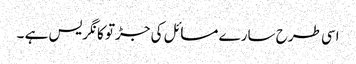
اسی طرح سارے مسائل کی جڑتو کانگریس ہے ۔